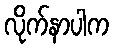
လိုက်နာပါက